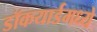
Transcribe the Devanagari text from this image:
डॉकयार्डमध्ये